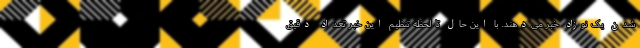
شدن یک نوزاد خبر می‌دهند. با این حال تا لحظه تنظیم این خبر تعداد دقیق